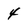
Character: 4